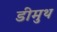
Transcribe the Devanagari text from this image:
डीमुथ